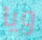
ويا